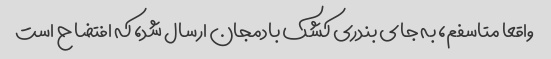
واقعا متاسفم، به جای بندری کشک بادمجان ارسال شد، که افتضاح است